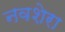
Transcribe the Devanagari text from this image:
नवशेरा